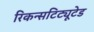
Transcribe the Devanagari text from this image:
रिकन्सटिट्यूटेड